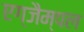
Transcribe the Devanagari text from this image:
एग्जैम्पल